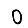
Digit: 0